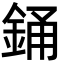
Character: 銿